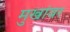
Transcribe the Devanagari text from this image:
मुखांवर